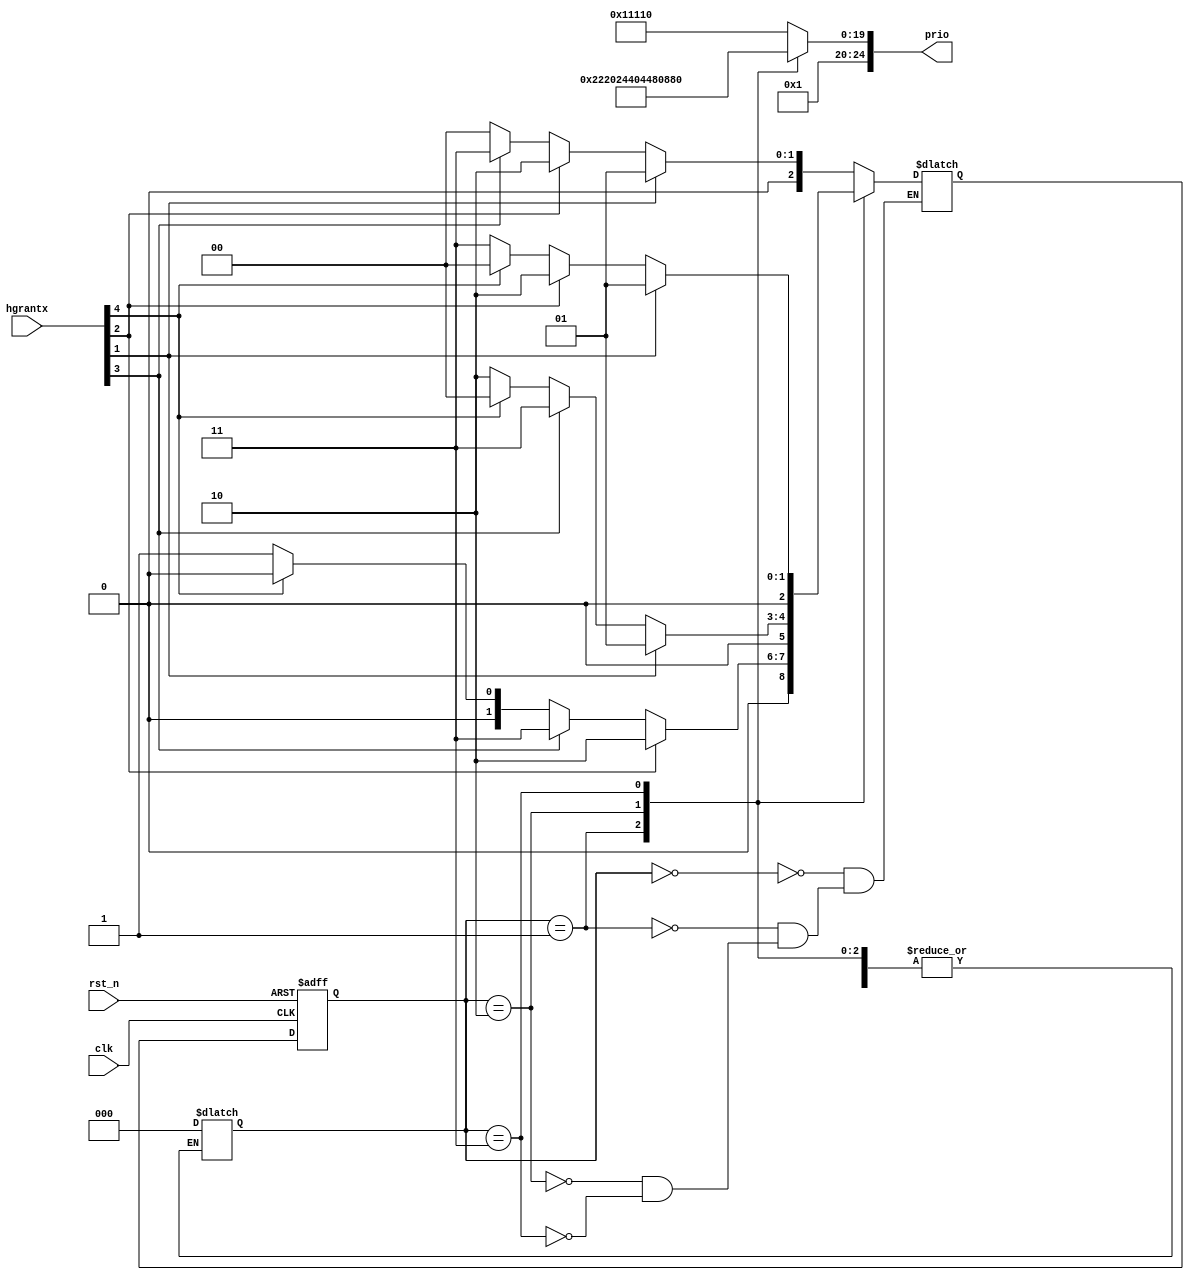


module prio (
    input clk,    // Clock
    input rst_n,  // Asynchronous reset active low
    input [15:0] hgrantx,
    output reg [24:0] prio
);

parameter S0 = 3'b000;
parameter S1 = 3'b001;
parameter S2 = 3'b010;
parameter S3 = 3'b011;

reg [2:0] state;
reg [2:0] nxt_state;

//
always @(posedge clk or negedge rst_n) begin
    if(~rst_n) begin
        state <= S0;
    end else begin
        state <= nxt_state;
    end
end

always @(state or hgrantx) begin 
    case (state)
        S0:
            if(hgrantx[1]) begin
                nxt_state <= S1;
            end
            else if(hgrantx[2]) begin
                nxt_state <= S2;
            end
            else if(hgrantx[3]) begin
                nxt_state <= S3;
            end
            else begin
                nxt_state <= S0;
            end

        S1:
            if(hgrantx[2]) begin
                nxt_state <= S2;
            end
            else if(hgrantx[3]) begin
                nxt_state <= S3;
            end
            else if(hgrantx[4]) begin
                nxt_state <= S0;
            end
            else begin
                nxt_state <= S1;
            end

        S2:
            if(hgrantx[1]) begin
                nxt_state <= S1;
            end
            else if(hgrantx[3]) begin
                nxt_state <= S3;
            end
            else if(hgrantx[4]) begin
                nxt_state <= S0;
            end
            else begin
                nxt_state <= S2;
            end

        S3:
            if(hgrantx[1]) begin
                nxt_state <= S1;
            end
            else if(hgrantx[2]) begin
                nxt_state <= S2;
            end
            else if(hgrantx[4]) begin
                nxt_state <= S0;
            end
            else begin
                nxt_state <= S3;
            end

        default :state <= S0;
    endcase
end

always @(state) begin
    case (state)
        S0: prio = 25'b00001_00010_00100_01000_10000;
        S1: prio = 25'b00001_00100_01000_10000_00010;
        S2: prio = 25'b00001_01000_10000_00010_00100;
        S3: prio = 25'b00001_10000_00010_00100_01000;
        default : prio = 25'b00001_00010_00100_01000_10000;
    endcase
end

endmodule